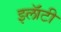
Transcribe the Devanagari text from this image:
झ्लॅाटी